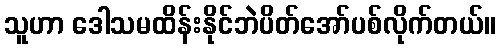
သူဟာ ဒေါသမထိန်းနိုင်ဘဲပိတ်အော်ပစ်လိုက်တယ်။